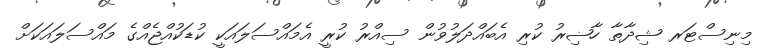
މިނިސްޓަރ ޝިދާތާ ހާޟިރު ކުރި އެބައްދަލުވުން ސިއްރު ކުރީ އެމައްސަލައަކީ ކުޑަކުއްޖެއްގެ މައްސަލައަކަށް